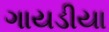
ગાયડીયા